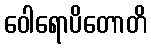
ဝေါရောပိတောတိ